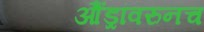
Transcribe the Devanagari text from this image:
औंड्रांवरुनच